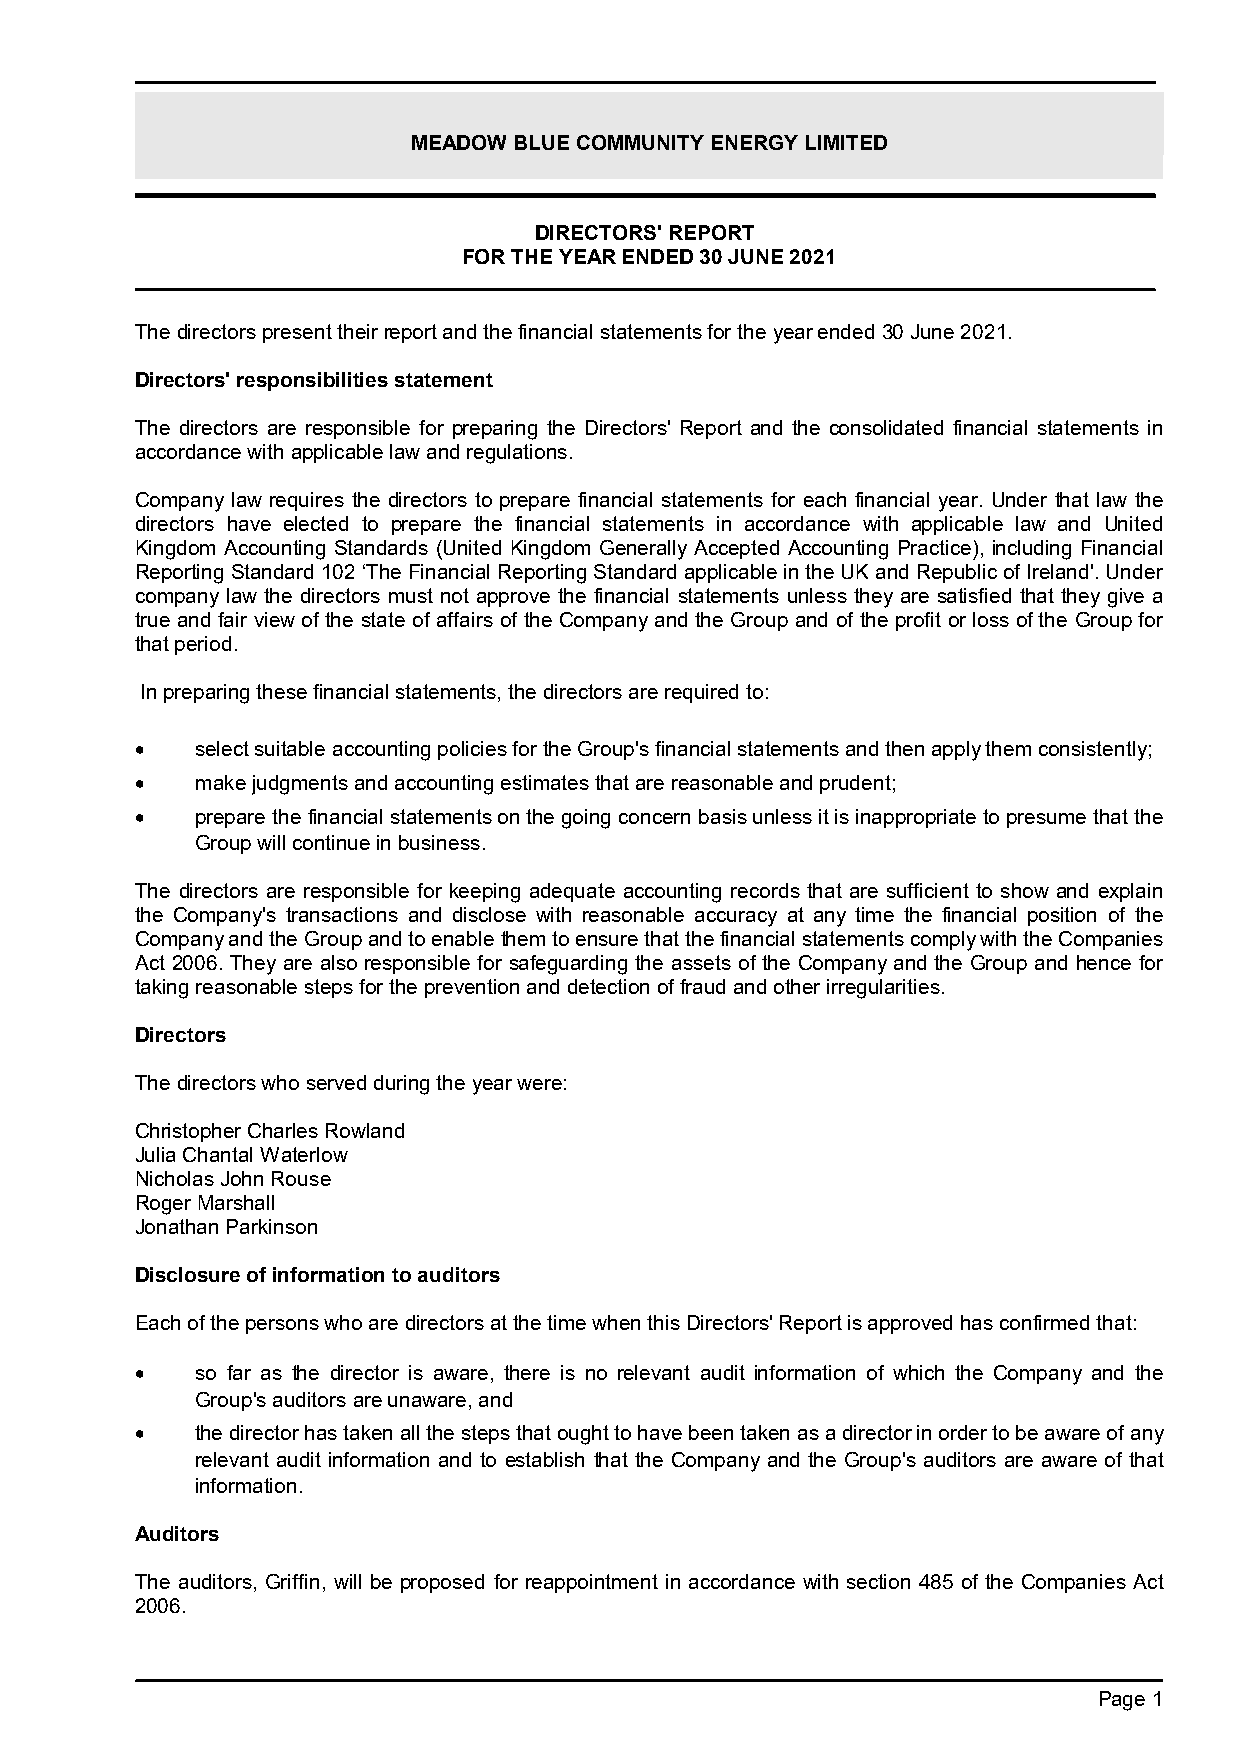
MEADOW BLUE COMMUNITY ENERGY LIMITED
 DIRECTORS' REPORT
 FOR THE YEAR ENDED 30 JUNE 2021
 The directorspresenttheirreport and thefinancial statements for the year ended 30 June 2021.
 Directors' responsibilities statement
 The directors are responsible for preparing the Directors' Report and the consolidated financial statements in
 accordance with applicable law and regulations.
 Company law requires the directors to prepare financial statements for each financial year. Under that law the
 directors have elected to prepare the financial statements in accordance with applicable law and United
 Kingdom Accounting Standards (United Kingdom Generally Accepted Accounting Practice), including Financial
 Reporting Standard 102 ‘The Financial Reporting Standard applicable in the UK and Republic of Ireland'. Under
 company law the directors must not approve the financial statements unless they are satisfied that they give a
 true and fair view of the state of affairs of the Company and the Group and of the profit or loss of the Group for
 that period.
 In preparing these financial statements, the directors are required to:
    select suitable accounting policies for the Group's financial statements and then apply them consistently;
    make judgments and accounting estimates that are reasonable and prudent;
    prepare the financial statements on the going concern basis unless it is inappropriate to presume that the
 Group will continue in business.
 The directors are responsible for keeping adequate accounting records that are sufficient to show and explain
 the Company's transactions and disclose with reasonable accuracy at any time the financial position of the
 Company and the Group and to enable them to ensure that the financial statementscomply with the Companies
 Act 2006. They are also responsible for safeguarding the assets of the Company and the Group and hence for
 taking reasonable steps for the prevention and detection of fraud and other irregularities.
 Directors
 The directors who served during the yearwere:
 Christopher Charles Rowland
 Julia Chantal Waterlow
 Nicholas John Rouse
 Roger Marshall
 Jonathan Parkinson
 Disclosure of information to auditors
 Each of the persons who are directors at the time when this Directors' Report is approved has confirmed that:
    so far as the director is aware, there is no relevant audit information of which the Company and the
 Group's auditorsare unaware, and
    the director has taken all the steps that ought to have been taken as a director in order to be aware of any
 relevant audit information and to establish that the Company and the Group's auditors are aware of that
 information.
 Auditors
 The auditors, Griffin, will be proposed for reappointment in accordance with section 485 of the Companies Act
 2006.
 Page 1